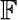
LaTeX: \mathbb{F}